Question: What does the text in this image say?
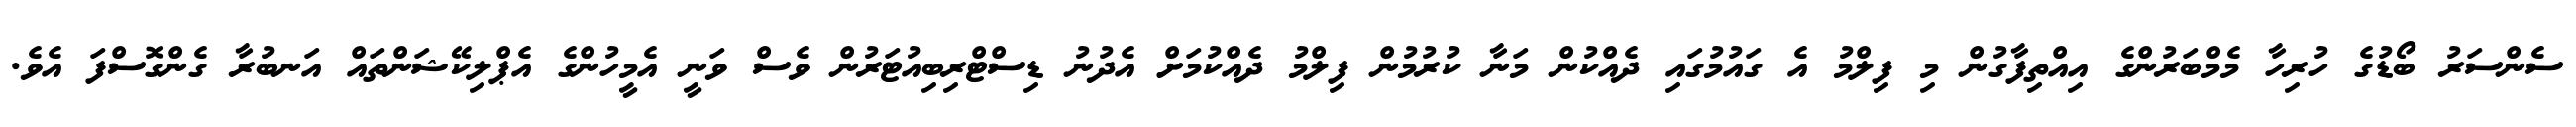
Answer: ސެންސަރު ބޯޑުގެ ހުރިހާ މެމްބަރުންގެ އިއްތިފާގުން މި ފިލްމު އެ ގައުމުގައި ދެއްކުން މަނާ ކުރުމުން ފިލްމު ދެއްކުމަށް އެދުނު ޑިސްޓްރިބިއުޓަރުން ވެސް ވަނީ އެމީހުންގެ އެޕްލިކޭޝަންތައް އަނބުރާ ގެންގޮސްފަ އެވެ.